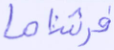
فرشناها